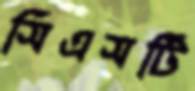
সিএসটি